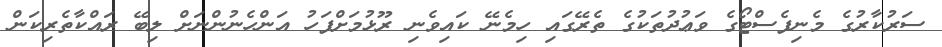
ސަރުކާރުގެ މެނިފެސްޓޯގެ ވަޢުދުތަކުގެ ތެރޭގައި ހިމެނޭ ކައިވެނި ރޫޅުމަށްފަހު އަންހެނުންނަށް ލިބޭ ރައްކާތެރިކަން